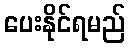
ပေးနိုင်ရမည်